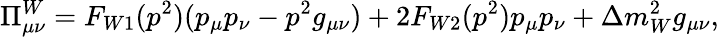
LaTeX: \Pi_{\mu\nu}^{W}=F_{W1}(p^{2})(p_{\mu}p_{\nu}-p^{2}g_{\mu\nu})+2F_{W2}(p^{2})p_{\mu}p_{\nu}+\Delta m_{W}^{2}g_{\mu\nu},